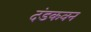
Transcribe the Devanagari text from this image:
दंडकवन